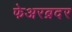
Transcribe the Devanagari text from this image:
फेअरब्रदर